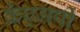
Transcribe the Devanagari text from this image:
केएमपी